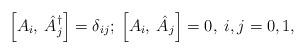
LaTeX: \begin{align*}\left[A_i,\: \hat A_j^\dagger \right] = \delta_{ij};\:\left[ A_i, \: \hat A_j \right] = 0,\; i,j = 0,1,\end{align*}